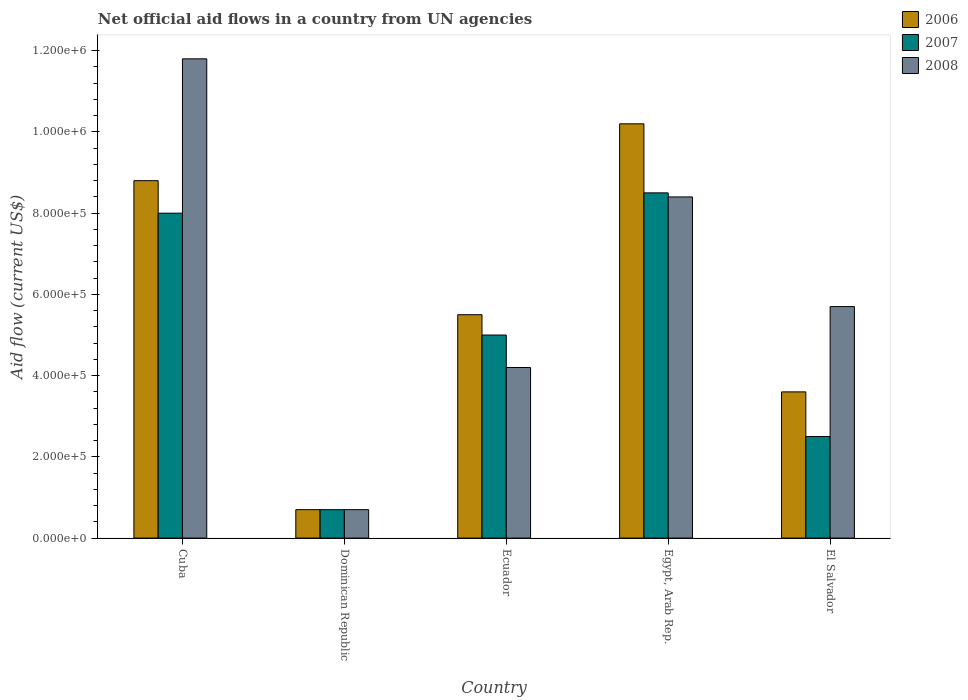
| Country | 2006 | 2007 | 2008 |
 | --- | --- | --- | --- |
 | Cuba | 8.8e+05 | 8e+05 | 1.18e+06 |
 | Dominican Republic | 7e+04 | 7e+04 | 7e+04 |
 | Ecuador | 5.5e+05 | 5e+05 | 4.2e+05 |
 | Egypt, Arab Rep. | 1.02e+06 | 8.5e+05 | 8.4e+05 |
 | El Salvador | 3.6e+05 | 2.5e+05 | 5.7e+05 |